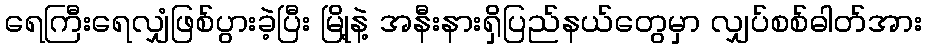
ရေကြီးရေလျှံဖြစ်ပွားခဲ့ပြီး မြို့နဲ့ အနီးနားရှိပြည်နယ်တွေမှာ လျှပ်စစ်ဓါတ်အား